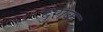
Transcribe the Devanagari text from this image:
दुराक